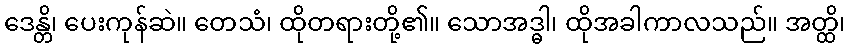
ဒေန္တိ၊ ပေးကုန်ဆဲ။ တေသံ၊ ထိုတရားတို့၏။ သောအဒ္ဓါ၊ ထိုအခါကာလသည်။ အတ္ထိ၊